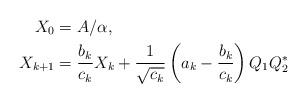
LaTeX: \begin{align*} X_0 &= A/\alpha ,\\X_{k+1} &= \frac{b_k}{c_k}X_k + \frac{1}{\sqrt{c_k}}\left(a_k - \frac{b_k}{c_k}\right)Q_1Q_2^{*} \end{align*}